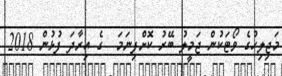
މަޖިލިހުގެ ވޯޓަކުން ޖަމީލު ބޭރު ކޮށްފިނަމަ  ގެ އިރާދަ ފުޅުން 2018